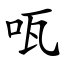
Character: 咓